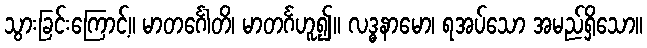
သွားခြင်းကြောင့်။ မာတင်္ဂေါတိ၊ မာတင်္ဂဟူ၍။ လဒ္ဓနာမော၊ ရအပ်သော အမည်ရှိသော။